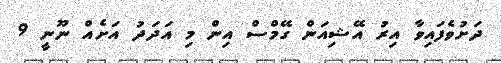
ދަށުވެފައިވާ އިރު އޭޝިއަން ގޭމްސް އިން މި އަދަދު އަށެއް ނޫނީ 9